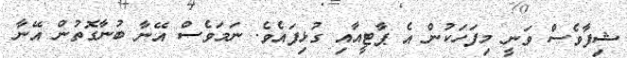
ޝިފާވެސް ވަނީ މިފަހަކުން އެ ޕާޓީއާއި ގުޅިފައެވެ. ނަމަވެސް އޭނާ ބުނާގޮތުން އޭނާ